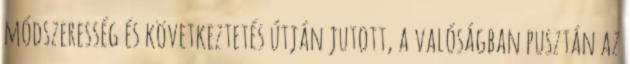
módszeresség és következtetés útján jutott, a valóságban pusztán az